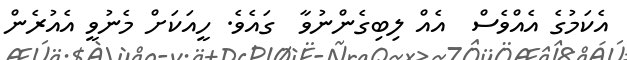
އެކަމުގެ އެއްވެސް  އެއް ލިބިގެންނުވާ  ގައެވެ. ހީއަކަށް މެނުވީ އެއުރެން